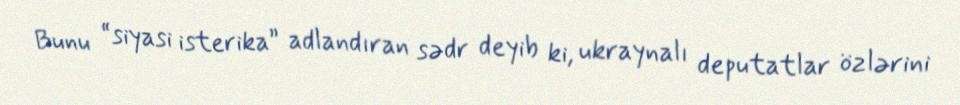
Bunu “siyasi isterika” adlandıran sədr deyib ki, ukraynalı deputatlar özlərini